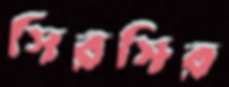
সিরসির